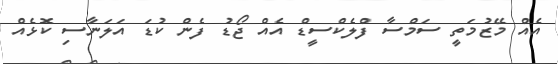
އެއް މޭޒުމަތީ ސަމްސާ ފްލެކްސީޑް އެއް ޖޯޑު ފެން ކުޑަ އަލަނާސި ކޮޅެއް